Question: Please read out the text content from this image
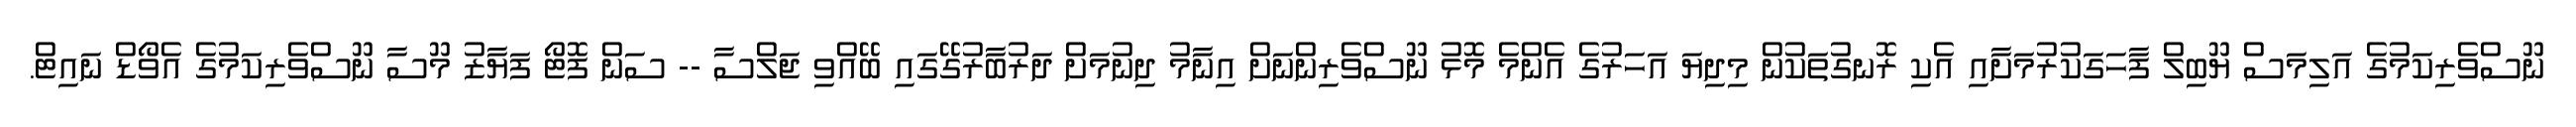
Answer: ނޫސްވެރިކަމުގެ އަލިމަސް ޔޫބިލް ފާހަގަކުރުމަށާއި އެކި ރޮނގުތަކުން މިދިޔަ އަހަރުގެ އެންމެ މޮޅު ނޫސްވެރިންނަށް އިނާމު ދިނުމަށް ދަރުބާރުގޭގައި ބޭއްވި ޖަލްސާ -- ސަން ފޮޓޯ ފަޔާޒު މޫސާ ނޫސްވެރިކަމުގެ އެވޯޑް ނައިޓް.